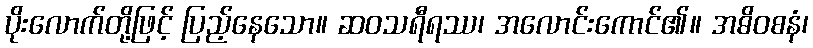
ပိုးလောက်တို့ဖြင့် ပြည့်နေသော။ ဆဝသရီရဿ၊ အလောင်းကောင်၏။ အဓိဝစနံ၊